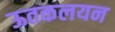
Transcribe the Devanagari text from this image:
ऊतकलयन